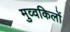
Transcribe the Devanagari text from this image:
मुव्वकिलों